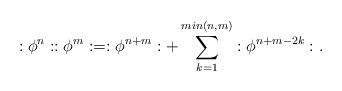
LaTeX: \begin{align*}:\phi ^n : :\phi ^m :=:\phi ^{n+m} :+\sum _{k=1}^{min(n,m)} :\phi ^{n+m-2k}:.\end{align*}